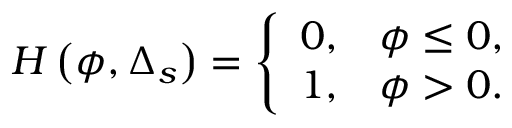
H \left( \phi , \Delta _ { s } \right) = \left\{ \begin{array} { l l } { 0 , } & { \phi \leq 0 , } \\ { 1 , } & { \phi > 0 . } \end{array} \right.